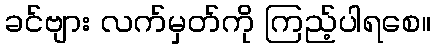
ခင်ဗျား လက်မှတ်ကို ကြည့်ပါရစေ။